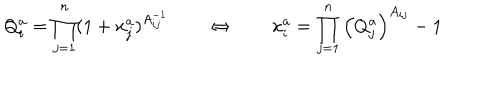
LaTeX: Q _ { i } ^ { a } = \prod _ { j = 1 } ^ { n } ( 1 + x _ { j } ^ { a } ) ^ { A _ { i j } ^ { - 1 } } \qquad \Leftrightarrow \qquad x _ { i } ^ { a } = \prod _ { j = 1 } ^ { n } \left( Q _ { j } ^ { a } \right) ^ { A _ { i j } } - 1